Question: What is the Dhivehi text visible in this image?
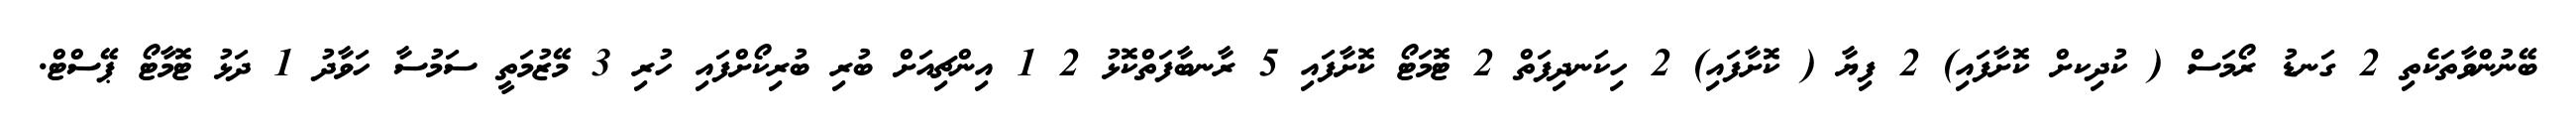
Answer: ބޭނުންވާތަކެތި 2 ގަނޑު ރޯމަސް ( ކުދިކށް ކޮށާފައި) 2 ފިޔާ ( ކޮށާފައި) 2 ހިކަނދިފަތް 2 ޓޮމަޓޯ ކޮށާފައި 5 ރާނބާފަތްކޮޅު 2 1 އިންޗިއަށް ބުރި ބުރިކޯށްފައި ހުރި 3 މޭޒުމަތީ ސަމުސާ ހަވާދު 1 ދަޅު ޓޮމާޓޯ ޕޭސްޓް.